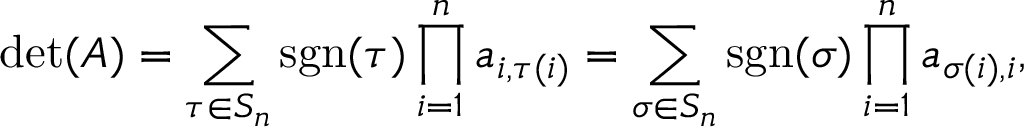
\operatorname* { d e t } ( A ) = \sum _ { \tau \in S _ { n } } \operatorname { s g n } ( \tau ) \prod _ { i = 1 } ^ { n } a _ { i , \tau ( i ) } = \sum _ { \sigma \in S _ { n } } \operatorname { s g n } ( \sigma ) \prod _ { i = 1 } ^ { n } a _ { \sigma ( i ) , i } ,